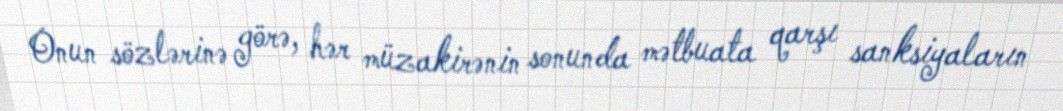
Onun sözlərinə görə, hər müzakirənin sonunda mətbuata qarşı sanksiyaların